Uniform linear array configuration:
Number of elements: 4
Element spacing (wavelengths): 0.25
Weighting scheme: uniform
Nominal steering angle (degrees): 0
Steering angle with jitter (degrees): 0.4679
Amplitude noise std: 0.05
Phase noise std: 0.05

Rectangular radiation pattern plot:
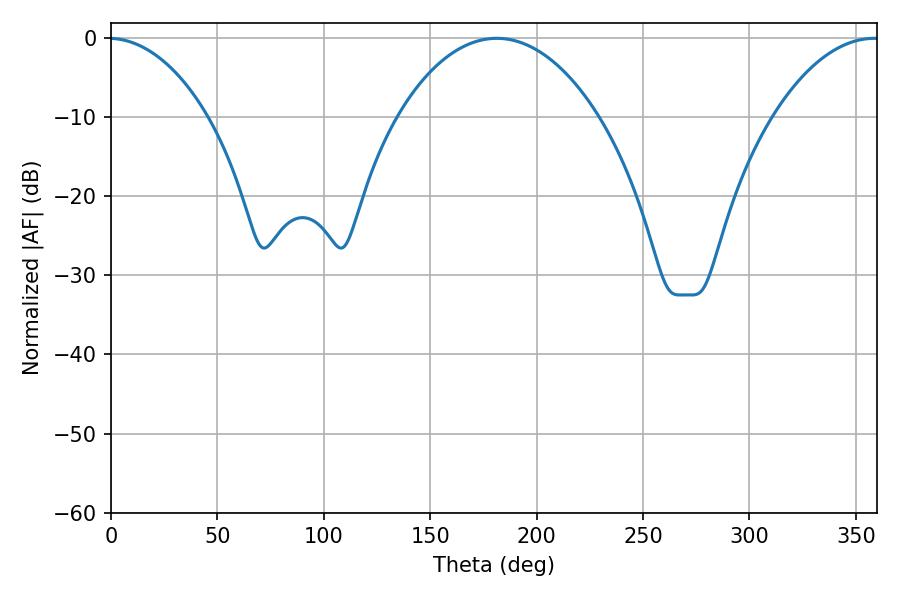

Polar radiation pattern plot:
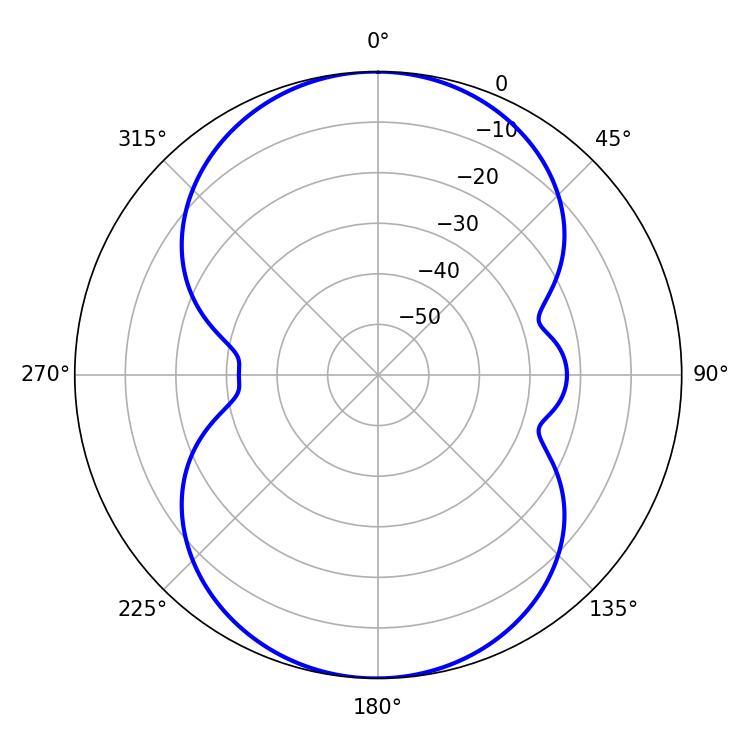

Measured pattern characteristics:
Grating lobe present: FALSE
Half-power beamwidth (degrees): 52.92
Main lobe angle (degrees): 181.26